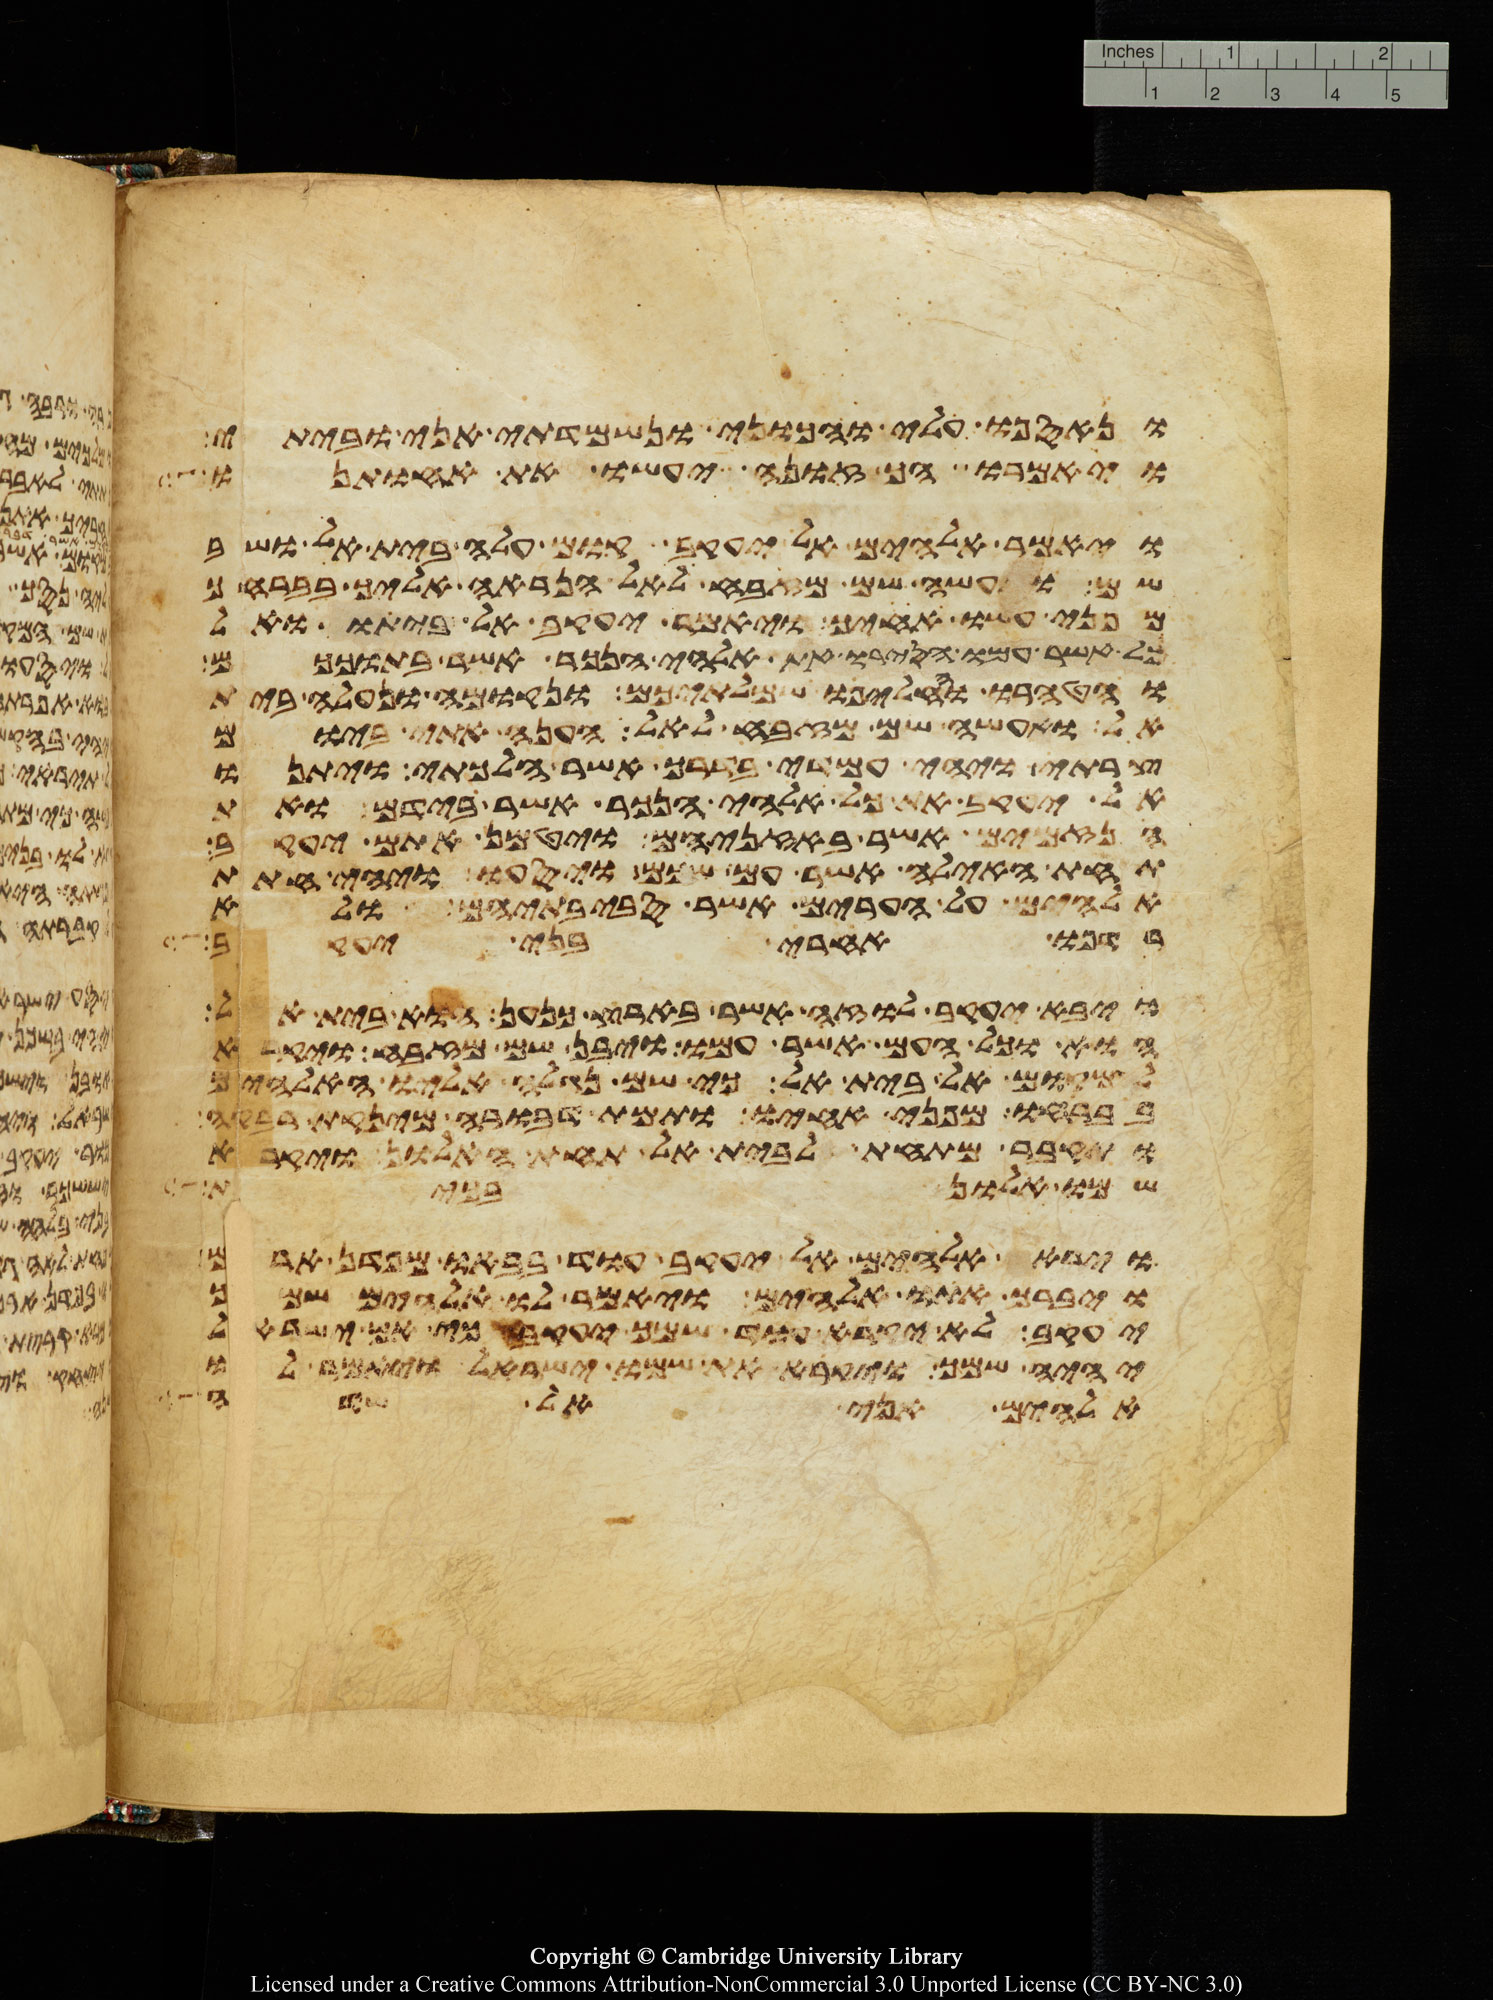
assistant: ונאספו עלי והכוני ונשמדתי אני וביתי
ויאמרו הך זונה יעשו את אחותנו
ויאמר אלהים אל יעקב קום עלה בית אל ושב
שם ועשה שם מזבח לאל הנראה אליך בברחך
מפני עשו אחיך ויאמר יעקב אל ביתו ואל
כל אשר עמו הסירו את אלהי הנכר אשר בתוככם
והטהרו והחליפו שמלתיכם ונקומה ונעלה בית
אל ואעשה שם מזבח לאל הענה אתי ביום
צרתי ויהי עמדי בדרך אשר הלכתי ויתנו
אל יעקב את כל אלהי הנכר אשר בידם ואת
הנזמים אשר באזניהם ויטמן אתם יעקב
תחת האילה אשר עם שכם ויסעו ויהי חתת
אלהים על הערים אשר סביבתיהם ולא
רדפו אחרי בני יעקב
ויבא יעקב לוזה אשר בארץ כנען הוא בית אל
הוא וכל העם אשר עמו ויבן שם מזבח ויקרא
למקום אל בית אל כי שם נגלה אליו האלהים
בברחו מפני אחיו ותמת דבורה מינקת רבקה
ותקבר מתחת לבית אל תחת האלון ויקרא
שמו אלון בכית
וירא אלהים אל יעקב עוד בבאו מפדן ארם
ויברך אתו אלהים ויאמר לו אלהים שמך
יעקב לא יקרא עוד שמך יעקב כי אם ישראל
יהיה שמך ויקרא את שמו ישראל ויאמר לו
אלהים אני אל שדי